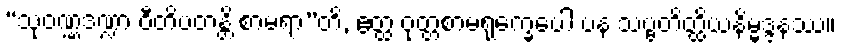
“သုဝဏ္ဏဒဏ္ဍာ ဝီတိပတန္တိ စာမရာ”တိ, ဧတ္ထ ဝုတ္တစာမရုက္ခေပေါ ပန သဗ္ဗတိတ္ထိယနိမ္မဒ္ဒနဿ။